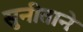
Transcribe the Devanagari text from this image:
सुनीताने